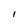
Character: i